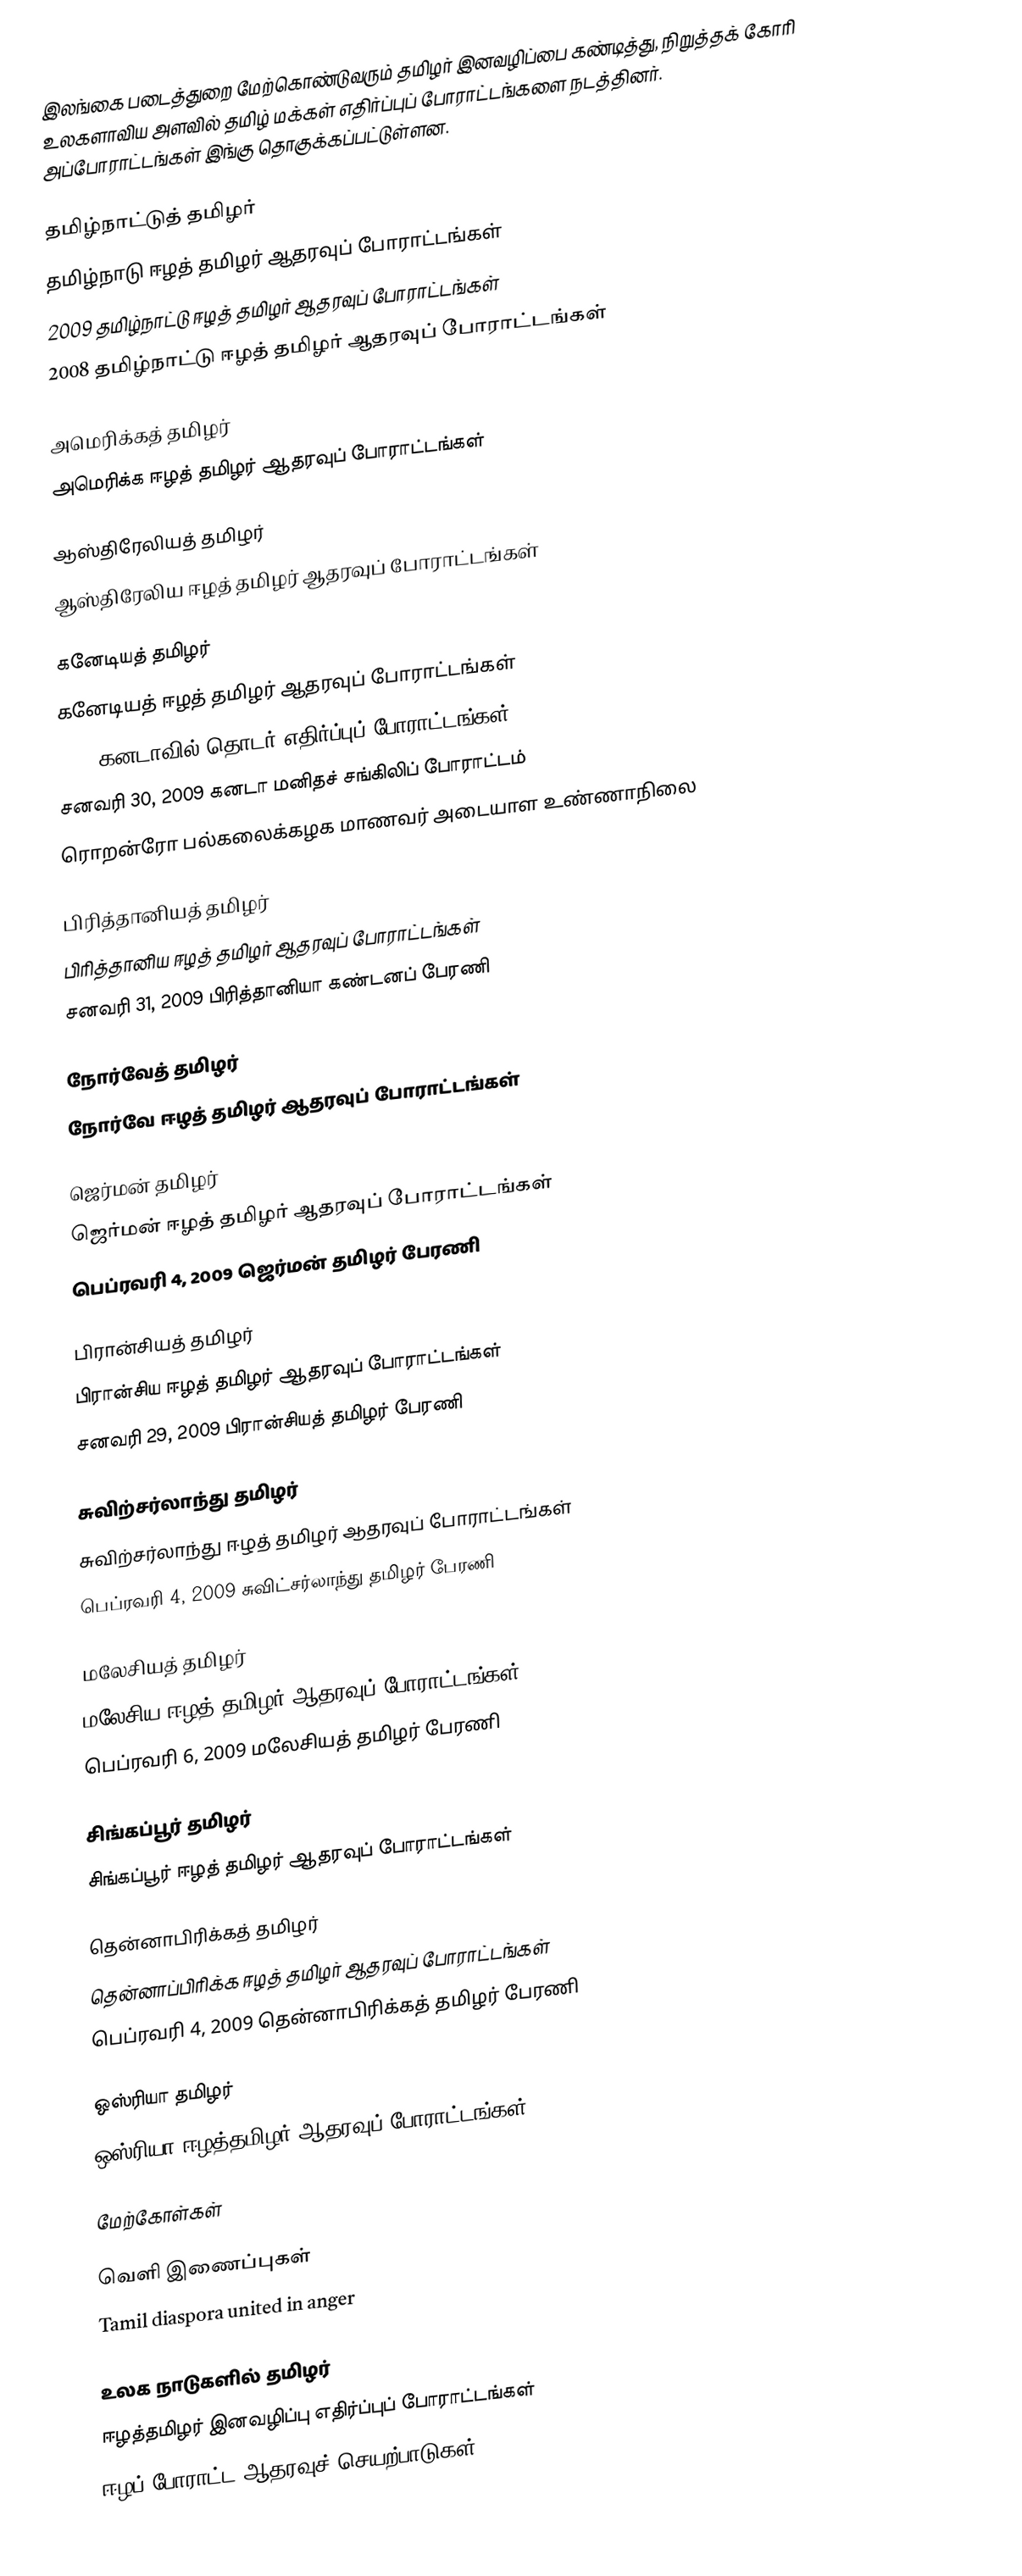
இலங்கை படைத்துறை மேற்கொண்டுவரும் தமிழர் இனவழிப்பை கண்டித்து, நிறுத்தக் கோரி உலகளாவிய அளவில் தமிழ் மக்கள் எதிர்ப்புப் போராட்டங்களை நடத்தினர். அப்போராட்டங்கள் இங்கு தொகுக்கப்பட்டுள்ளன.

தமிழ்நாட்டுத் தமிழர்
தமிழ்நாடு ஈழத் தமிழர் ஆதரவுப் போராட்டங்கள்
 2009 தமிழ்நாட்டு ஈழத் தமிழர் ஆதரவுப் போராட்டங்கள்
 2008 தமிழ்நாட்டு ஈழத் தமிழர் ஆதரவுப் போராட்டங்கள்

அமெரிக்கத் தமிழர்
அமெரிக்க ஈழத் தமிழர் ஆதரவுப் போராட்டங்கள்

ஆஸ்திரேலியத் தமிழர்
ஆஸ்திரேலிய ஈழத் தமிழர் ஆதரவுப் போராட்டங்கள்

கனேடியத் தமிழர்
கனேடியத் ஈழத் தமிழர் ஆதரவுப் போராட்டங்கள்
 2009 கனடாவில் தொடர் எதிர்ப்புப் போராட்டங்கள்
 சனவரி 30, 2009 கனடா மனிதச் சங்கிலிப் போராட்டம்
 ரொறன்ரோ பல்கலைக்கழக மாணவர் அடையாள உண்ணாநிலை

பிரித்தானியத் தமிழர்
பிரித்தானிய ஈழத் தமிழர் ஆதரவுப் போராட்டங்கள்
 சனவரி 31, 2009 பிரித்தானியா கண்டனப் பேரணி

நோர்வேத் தமிழர்
நோர்வே ஈழத் தமிழர் ஆதரவுப் போராட்டங்கள்

ஜெர்மன் தமிழர்
ஜெர்மன் ஈழத் தமிழர் ஆதரவுப் போராட்டங்கள்
 பெப்ரவரி 4, 2009 ஜெர்மன் தமிழர் பேரணி

பிரான்சியத் தமிழர்
பிரான்சிய ஈழத் தமிழர் ஆதரவுப் போராட்டங்கள்
 சனவரி 29, 2009 பிரான்சியத் தமிழர் பேரணி

சுவிற்சர்லாந்து தமிழர்
சுவிற்சர்லாந்து ஈழத் தமிழர் ஆதரவுப் போராட்டங்கள்
 பெப்ரவரி 4, 2009 சுவிட்சர்லாந்து தமிழர் பேரணி

மலேசியத் தமிழர்
மலேசிய ஈழத் தமிழர் ஆதரவுப் போராட்டங்கள்
 பெப்ரவரி 6, 2009 மலேசியத் தமிழர் பேரணி

சிங்கப்பூர் தமிழர்
சிங்கப்பூர் ஈழத் தமிழர் ஆதரவுப் போராட்டங்கள்

தென்னாபிரிக்கத் தமிழர்
தென்னாப்பிரிக்க ஈழத் தமிழர் ஆதரவுப் போராட்டங்கள்
 பெப்ரவரி 4, 2009 தென்னாபிரிக்கத் தமிழர் பேரணி

ஒஸ்ரியா தமிழர்
ஒஸ்ரியா ஈழத்தமிழர் ஆதரவுப் போராட்டங்கள்

மேற்கோள்கள்

வெளி இணைப்புகள்
 Tamil diaspora united in anger

உலக நாடுகளில் தமிழர்
ஈழத்தமிழர் இனவழிப்பு எதிர்ப்புப் போராட்டங்கள்
ஈழப் போராட்ட ஆதரவுச் செயற்பாடுகள்